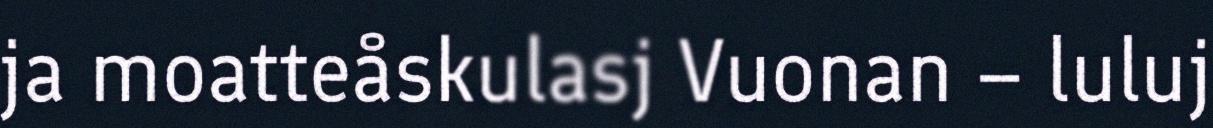
ja moatteåskulasj Vuonan – luluj